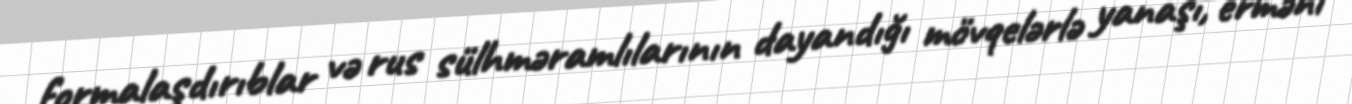
formalaşdırıblar və rus sülhməramlılarının dayandığı mövqelərlə yanaşı, erməni